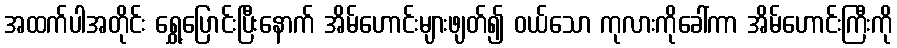
အထက်ပါအတိုင်း ရွှေ့ပြောင်းပြီးနောက် အိမ်ဟောင်းများဖျတ်၍ ဝယ်သော ကုလားကိုခေါ်ကာ အိမ်ဟောင်းကြီးကို